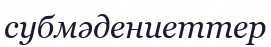
субмәдениеттер